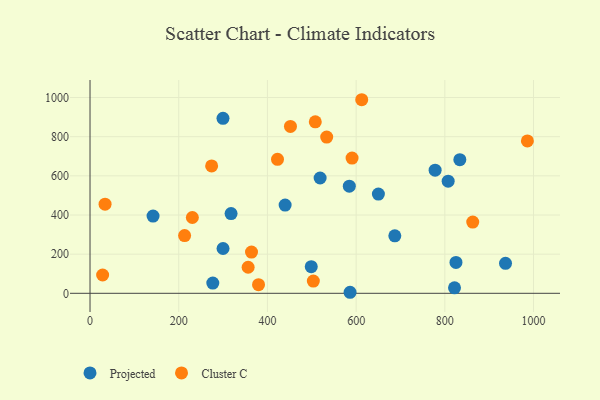
{"axis": {"x": "Speed", "y": "Exam Score"}, "legend": ["Cluster C", "Projected"], "data": [{"x": "299.9", "y": 228.8, "type": "Projected"}, {"x": "498.8", "y": 136.2, "type": "Projected"}, {"x": "833.8", "y": 682.8, "type": "Projected"}, {"x": "439.9", "y": 450.8, "type": "Projected"}, {"x": "821.8", "y": 27.9, "type": "Projected"}, {"x": "584.6", "y": 547.0, "type": "Projected"}, {"x": "142.1", "y": 394.5, "type": "Projected"}, {"x": "276.8", "y": 52.3, "type": "Projected"}, {"x": "936.8", "y": 153.4, "type": "Projected"}, {"x": "586.3", "y": 5.3, "type": "Projected"}, {"x": "778.1", "y": 628.8, "type": "Projected"}, {"x": "299.8", "y": 893.8, "type": "Projected"}, {"x": "650.2", "y": 507.0, "type": "Projected"}, {"x": "518.8", "y": 588.9, "type": "Projected"}, {"x": "825.1", "y": 157.6, "type": "Projected"}, {"x": "807.5", "y": 573.0, "type": "Projected"}, {"x": "687.2", "y": 293.6, "type": "Projected"}, {"x": "318.0", "y": 407.2, "type": "Projected"}, {"x": "507.9", "y": 876.1, "type": "Cluster C"}, {"x": "274.2", "y": 650.8, "type": "Cluster C"}, {"x": "33.9", "y": 455.1, "type": "Cluster C"}, {"x": "590.8", "y": 691.0, "type": "Cluster C"}, {"x": "379.9", "y": 43.9, "type": "Cluster C"}, {"x": "213.2", "y": 294.7, "type": "Cluster C"}, {"x": "862.9", "y": 363.9, "type": "Cluster C"}, {"x": "533.6", "y": 797.9, "type": "Cluster C"}, {"x": "364.1", "y": 210.7, "type": "Cluster C"}, {"x": "503.5", "y": 62.3, "type": "Cluster C"}, {"x": "986.1", "y": 778.6, "type": "Cluster C"}, {"x": "230.7", "y": 387.3, "type": "Cluster C"}, {"x": "451.9", "y": 852.4, "type": "Cluster C"}, {"x": "612.6", "y": 988.8, "type": "Cluster C"}, {"x": "422.7", "y": 684.2, "type": "Cluster C"}, {"x": "28.4", "y": 93.5, "type": "Cluster C"}, {"x": "356.5", "y": 133.2, "type": "Cluster C"}]}